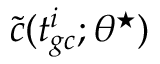
\tilde { c } ( t _ { g c } ^ { i } ; \theta ^ { \star } )